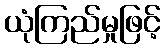
ယုံကြည်မှုဖြင့်